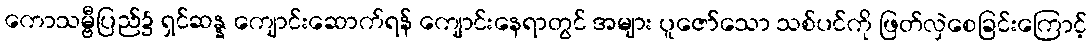
ကောသမ္ဗီပြည်၌ ရှင်ဆန္န ကျောင်းဆောက်ရန် ကျောင်းနေရာတွင် အများ ပူဇော်သော သစ်ပင်ကို ဖြတ်လှဲစေခြင်းကြောင့်